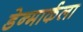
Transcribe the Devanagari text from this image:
डेन्मार्कला